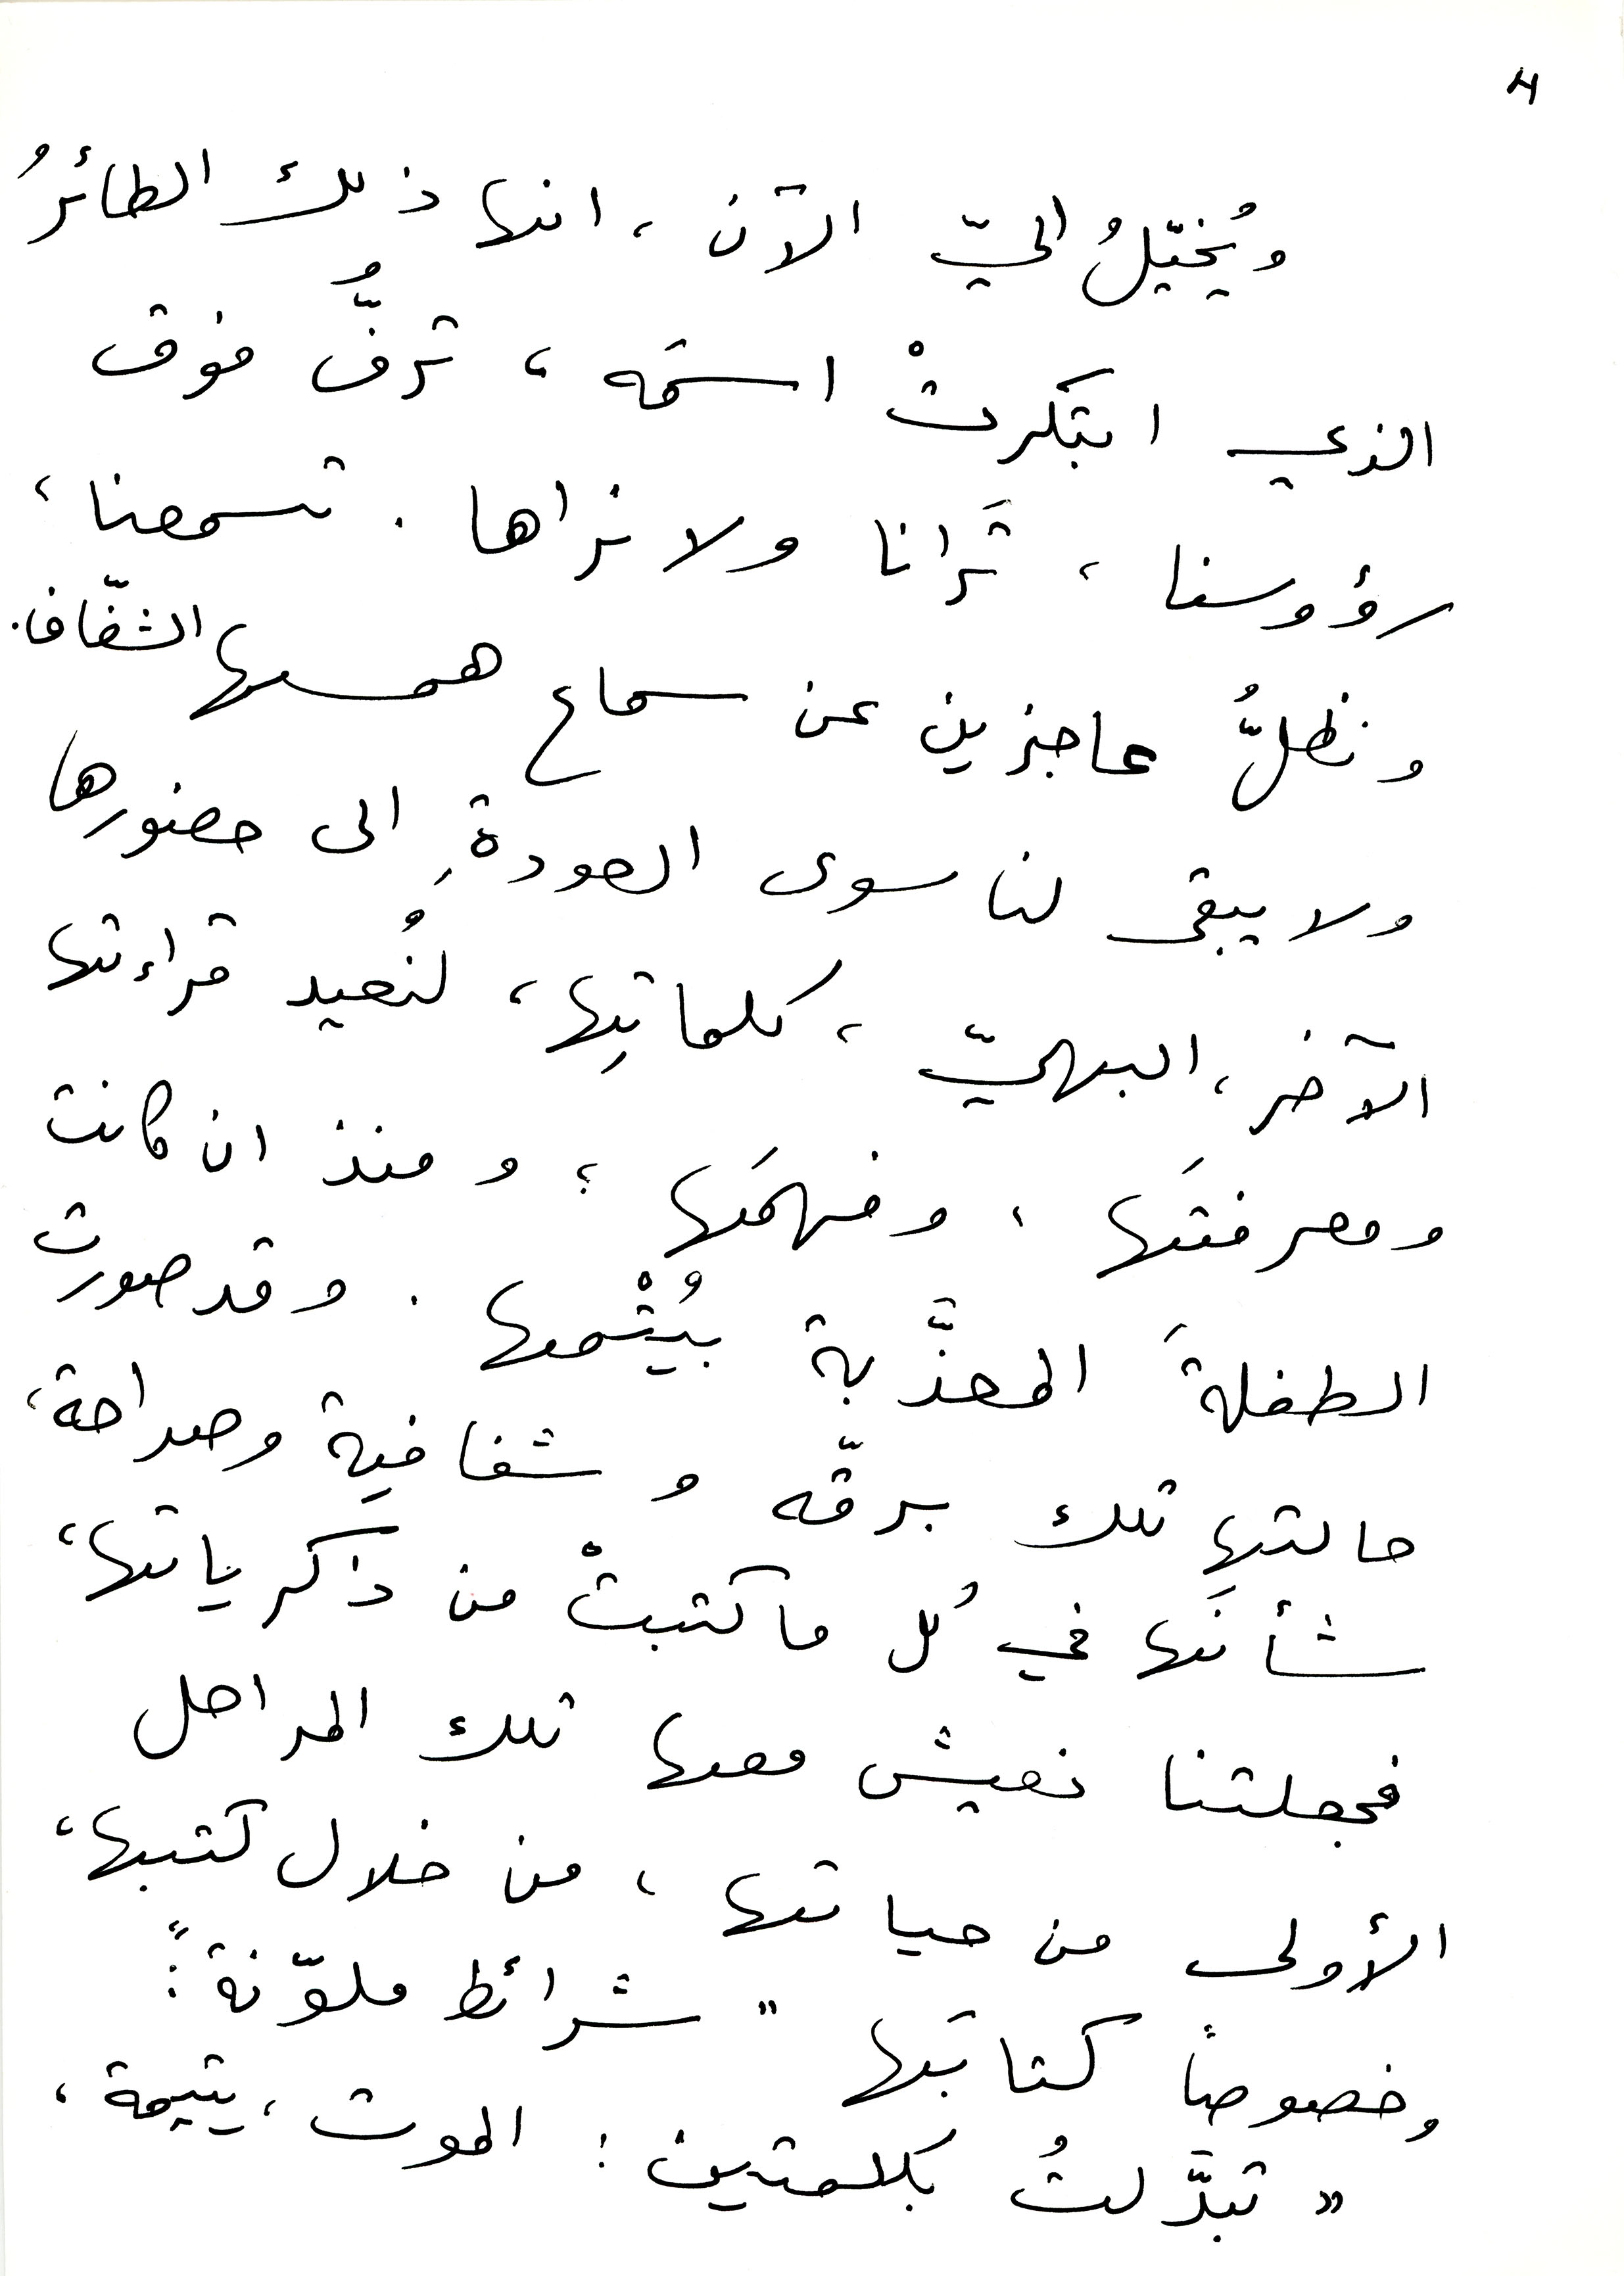
4
ويُخيّلُ اليّ الآن، انها ذلك الطائرُ
الذي ابتكرتْ اسمَه، ترفُّ فوق
رؤوسنا، تَرانا ولا نراها. تسمعنا،
ونظلُّ عاجزين عن سماع همسها الشفّاف.
ولا يبقى لنا سوى العودةِ الى حضورها
الآخر، البهيّ، كلماتِها، لنُعيد قراءتها
ومعرفتَها، وفهمَها؛ ومنذ ان كانت
الطفلةَ المعذَّبة بيُتْمها. وقد صورت
حالتها تلك برقّه وشفافية وصراحة،
شأنَها في كل ما كتبتْ من ذكرياتها،
فجعلتنا نعيش معها تلك المراحل
الأولى من حياتها، من خلال كتبها،
وخصوصاً كتابتها "شرائط ملوّنة":
"تبدَّلتُ بكلمتين: الموت، يتيمة،